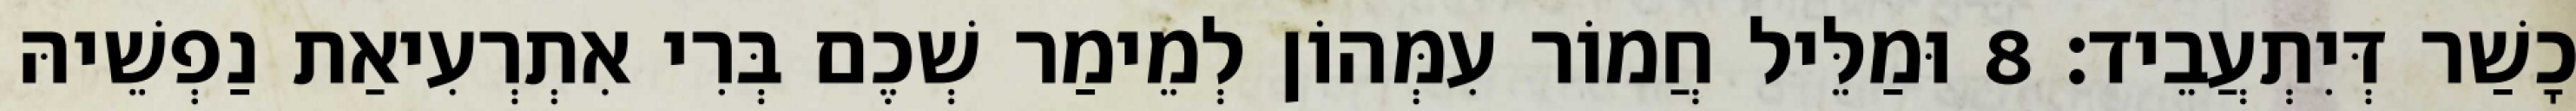
כָשַׁר דְּיִתְעֲבֵיד׃ 8 וּמַלֵּיל חֲמוֹר עִמְּהוֹן לְמֵימַר שְׁכֶם בְּרִי אִתְרְעִיאַת נַפְשֵׁיהּ